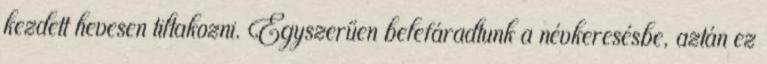
kezdett hevesen tiltakozni. Egyszerűen belefáradtunk a névkeresésbe, aztán ez